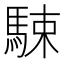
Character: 駷